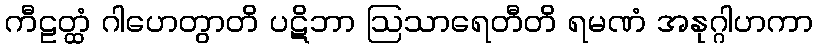
ကီဠတ္ထံ ဂါဟေတွာတိ ပဋိဘာ ဩသာရေတီတိ ရမဏံ အနုဂ္ဂါဟကာ